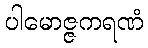
ပါမောဇ္ဇကရဏံ